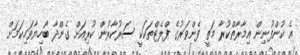
އެ ކުންފުނިން އިމާރާތްކުރާ މަތީ ފެންވަރުގެ ފްލެޓްތަކަކީ ސަރުކާރުން ކުރިއަށް ގެންދާ ބޯހިޔާވަހިކަމަށް